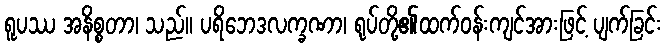
ရူပဿ အနိစ္စတာ၊ သည်။ ပရိဘေဒလက္ခဏာ၊ ရုပ်တို့၏ထက်ဝန်းကျင်အားဖြင့် ပျက်ခြင်း